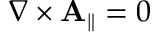
\nabla \times \mathbf { A } _ { \parallel } = 0